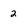
Character: 2